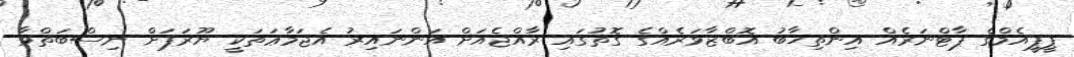
ޕީޕީއެމްގެ ޕާޓްނަރެއް އިންތިޚާބު އޮބްޒާވަރެއްގެ ގޮތުގައި ރާއްޖެއަށް އަންނައިރު އެޖަމާޢަތަކީ ޔޫރަޕަށް ނިސްބަތްވާ